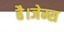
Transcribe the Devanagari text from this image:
है।जेम्स